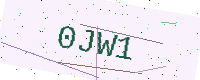
Text: 0JW1